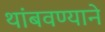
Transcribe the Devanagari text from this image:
थांबवण्याने